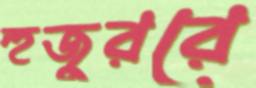
হুজুররে